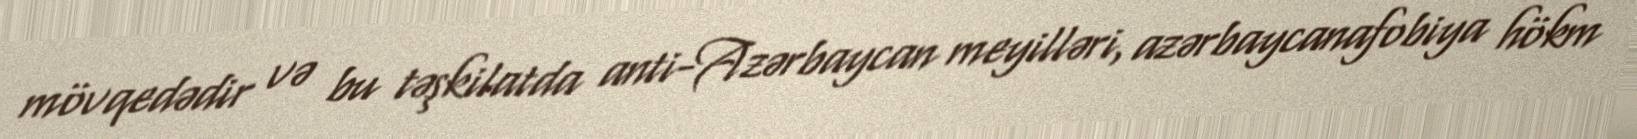
mövqedədir və bu təşkilatda anti-Azərbaycan meyilləri, azərbaycanafobiya hökm